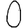
Digit: 0